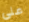
على